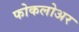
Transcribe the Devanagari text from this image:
फोकलोअर